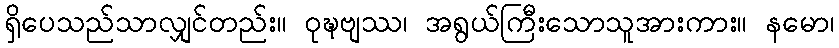
ရှိပေသည်သာလျှင်တည်း။ ဝုဍ္ဎဗျဿ၊ အရွယ်ကြီးသောသူအားကား။ နမော၊